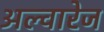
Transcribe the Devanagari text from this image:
अल्वारेज